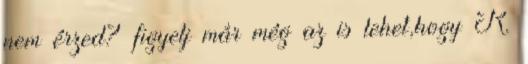
nem érzed? figyelj már még az is lehet,hogy R.